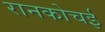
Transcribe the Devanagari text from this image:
रानकोचई